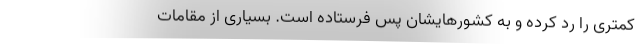
کمتری را رد کرده و به کشورهایشان پس فرستاده است. بسیاری از مقامات